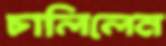
চালিলেন